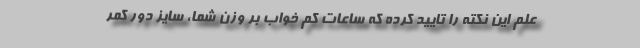
علم این نکته را تایید کرده که ساعات کم خواب بر وزن شما، سایز دور کمر